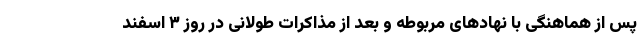
پس از هماهنگی با نهادهای مربوطه و بعد از مذاکرات طولانی در روز ۳ اسفند